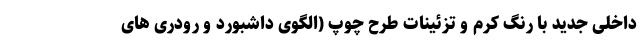
داخلی جدید با رنگ کِرِم و تزئینات طرح چوپ (الگوی داشبورد و رودری های